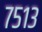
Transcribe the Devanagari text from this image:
७५१३